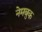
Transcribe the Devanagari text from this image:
नेमबुक